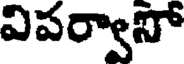
విపర్వాసో